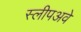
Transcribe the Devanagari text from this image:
स्लीपअवे